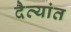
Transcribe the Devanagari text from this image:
दैत्यांत